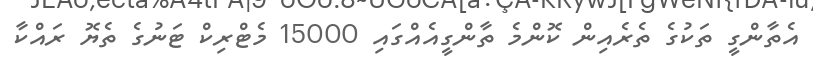
އެތާންގީ ތަކުގެ ތެރެއިން ކޮންމެ ތާންގީއެއްގައި 15000 މެޓްރިކް ޓަނުގެ ތެޔޮ ރައްކާ